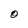
Character: O